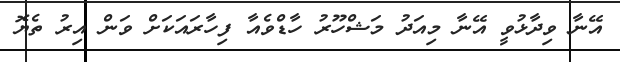
އޭނާ ވިދާޅުވީ އޭނާ މިއަދު މަޝްހޫރު ހާޑްވެއާ ފިހާރައަކަށް ވަން އިރު ތެޔޮ